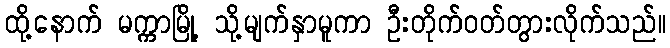
ထို့နောက် မက္ကာမြို့ သို့မျက်နှာမူကာ ဦးတိုက်ဝတ်တွားလိုက်သည်။